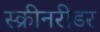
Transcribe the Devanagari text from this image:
स्क्रीनरीडर